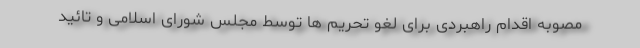
مصوبه اقدام راهبردی برای لغو تحریم ها توسط مجلس شورای اسلامی و تائید